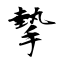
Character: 摰